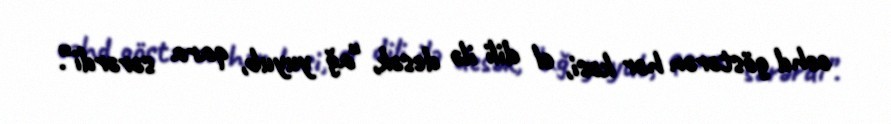
cəhd göstərən hər kəsi, el dili ilə desək, “ağ yuyub, qara sərərdi”.